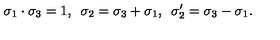
\sigma _ { 1 } \cdot \sigma _ { 3 } = 1 , \enspace \sigma _ { 2 } = \sigma _ { 3 } + \sigma _ { 1 } , \enspace \sigma _ { 2 } ^ { \prime } = \sigma _ { 3 } - \sigma _ { 1 } .